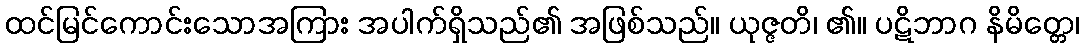
ထင်မြင်ကောင်းသောအကြား အပါက်ရှိသည်၏ အဖြစ်သည်။ ယုဇ္ဇတိ၊ ၏။ ပဋိဘာဂ နိမိတ္တေ၊